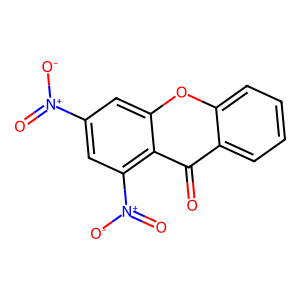
SMILES: O=c1c2ccccc2oc2cc([N+](=O)[O-])cc([N+](=O)[O-])c12
Inhibits HIV replication: No